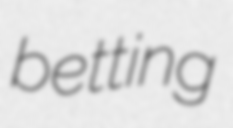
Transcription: betting